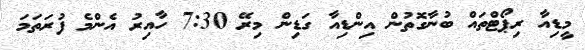
މީޑިއާ ރިޕޯޓްތައް ބުނާގޮތުން އިންޑިއާ ގަޑިން މިރޭ 7:30 ހާއިރު އެންމެ ފުރަތަމަ